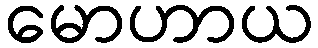
မောဟာယ